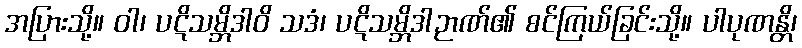
အပြားသို့။ ဝါ၊ ပဋိသမ္ဘိဒါဝိ သဒံ၊ ပဋိသမ္ဘိဒါဉာဏ်၏ စင်ကြယ်ခြင်းသို့။ ပါပုဏန္တိ၊